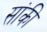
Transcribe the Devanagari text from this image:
सांकी